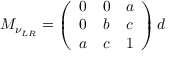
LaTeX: M _ { \nu _ { L R } } = \left( \begin{array} { c c c } { { 0 } } & { { 0 } } & { { a } } \\ { { 0 } } & { { b } } & { { c } } \\ { { a } } & { { c } } & { { 1 } } \end{array} \right) d